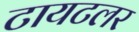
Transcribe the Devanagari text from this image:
टायटलर